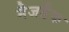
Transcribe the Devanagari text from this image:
मैजडैक